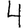
Digit: 4